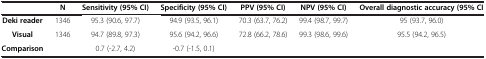
<table><thead><tr><td><b> </b></td><td><b>N</b></td><td><b>Sensitivity (95% CI)</b></td><td><b>Specificity (95% CI)</b></td><td><b>PPV (95% CI)</b></td><td><b>NPV (95% CI)</b></td><td><b>Overall diagnostic accuracy (95% CI</b></td></tr></thead><tbody><tr><td><b>Deki reader</b></td><td>1346</td><td>95.3 (90.6, 97.7)</td><td>94.9 (93.5, 96.1)</td><td>70.3 (63.7, 76.2)</td><td>99.4 (98.7, 99.7)</td><td>95 (93.7, 96.0)</td></tr><tr><td><b>Visual</b></td><td>1346</td><td>94.7 (89.8, 97.3)</td><td>95.6 (94.2, 96.6)</td><td>72.8 (66.2, 78.6)</td><td>99.3 (98.6, 99.6)</td><td>95.5 (94.2, 96.5)</td></tr><tr><td><b>Comparison</b></td><td> </td><td>0.7 (-2.7, 4.2)</td><td>-0.7 (-1.5, 0.1)</td><td> </td><td> </td><td> </td></tr></tbody></table>